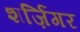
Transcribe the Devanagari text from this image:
शर्ज़िंगर